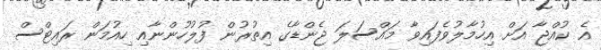
އެ ކުއްޖާ އަށް އިހުމާލުވެފައިވާ މައްސަލަ ޖެންޑާގެ އިތުރުން ފުލުހުންނާއި ހިއުމަން ރައިޓްސް